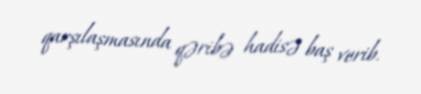
qarşılaşmasında qəribə hadisə baş verib.